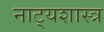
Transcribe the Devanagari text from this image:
नाट्‍यशास्त्र